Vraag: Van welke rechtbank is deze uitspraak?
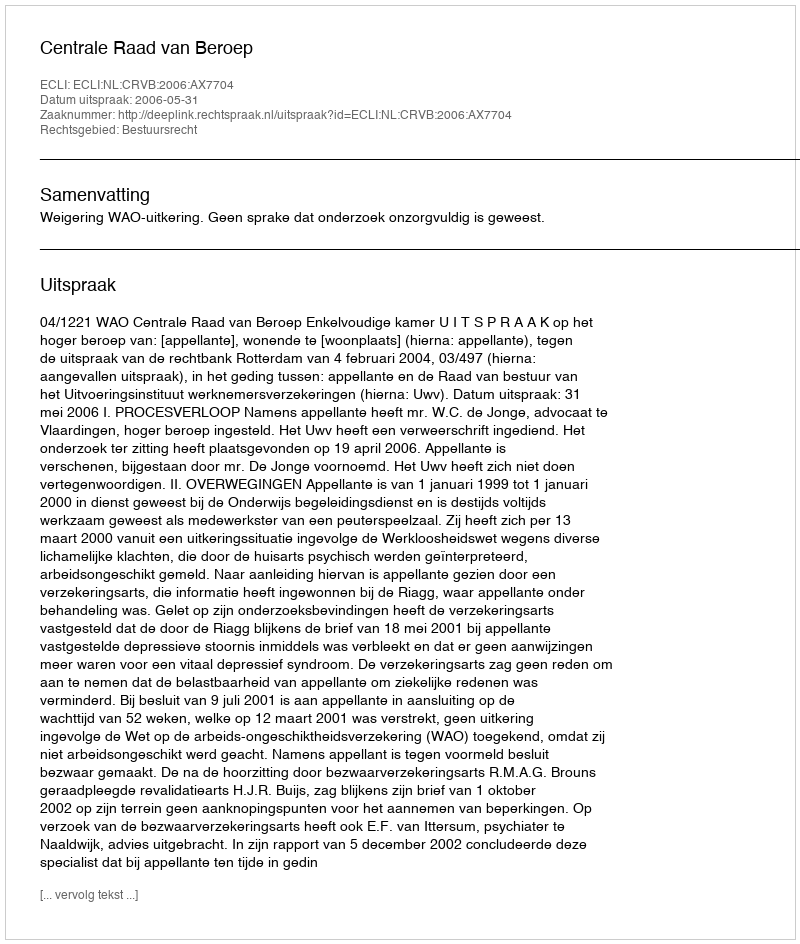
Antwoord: Centrale Raad van Beroep